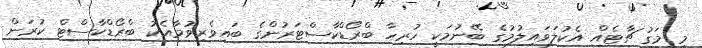
މި މަގު ޗާޓެއް އެކުލަވައިލުމުގެ ބޭނުމަކީ ހުރިހާ ބްރޯޑްކާސްޓަރުންގެ ބައިވެރިވުމާއެކު ބްރޯޑްކާސްޓް ކުރަން